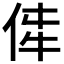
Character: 𪜼